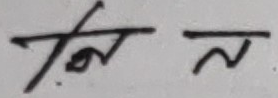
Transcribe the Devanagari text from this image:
तन त